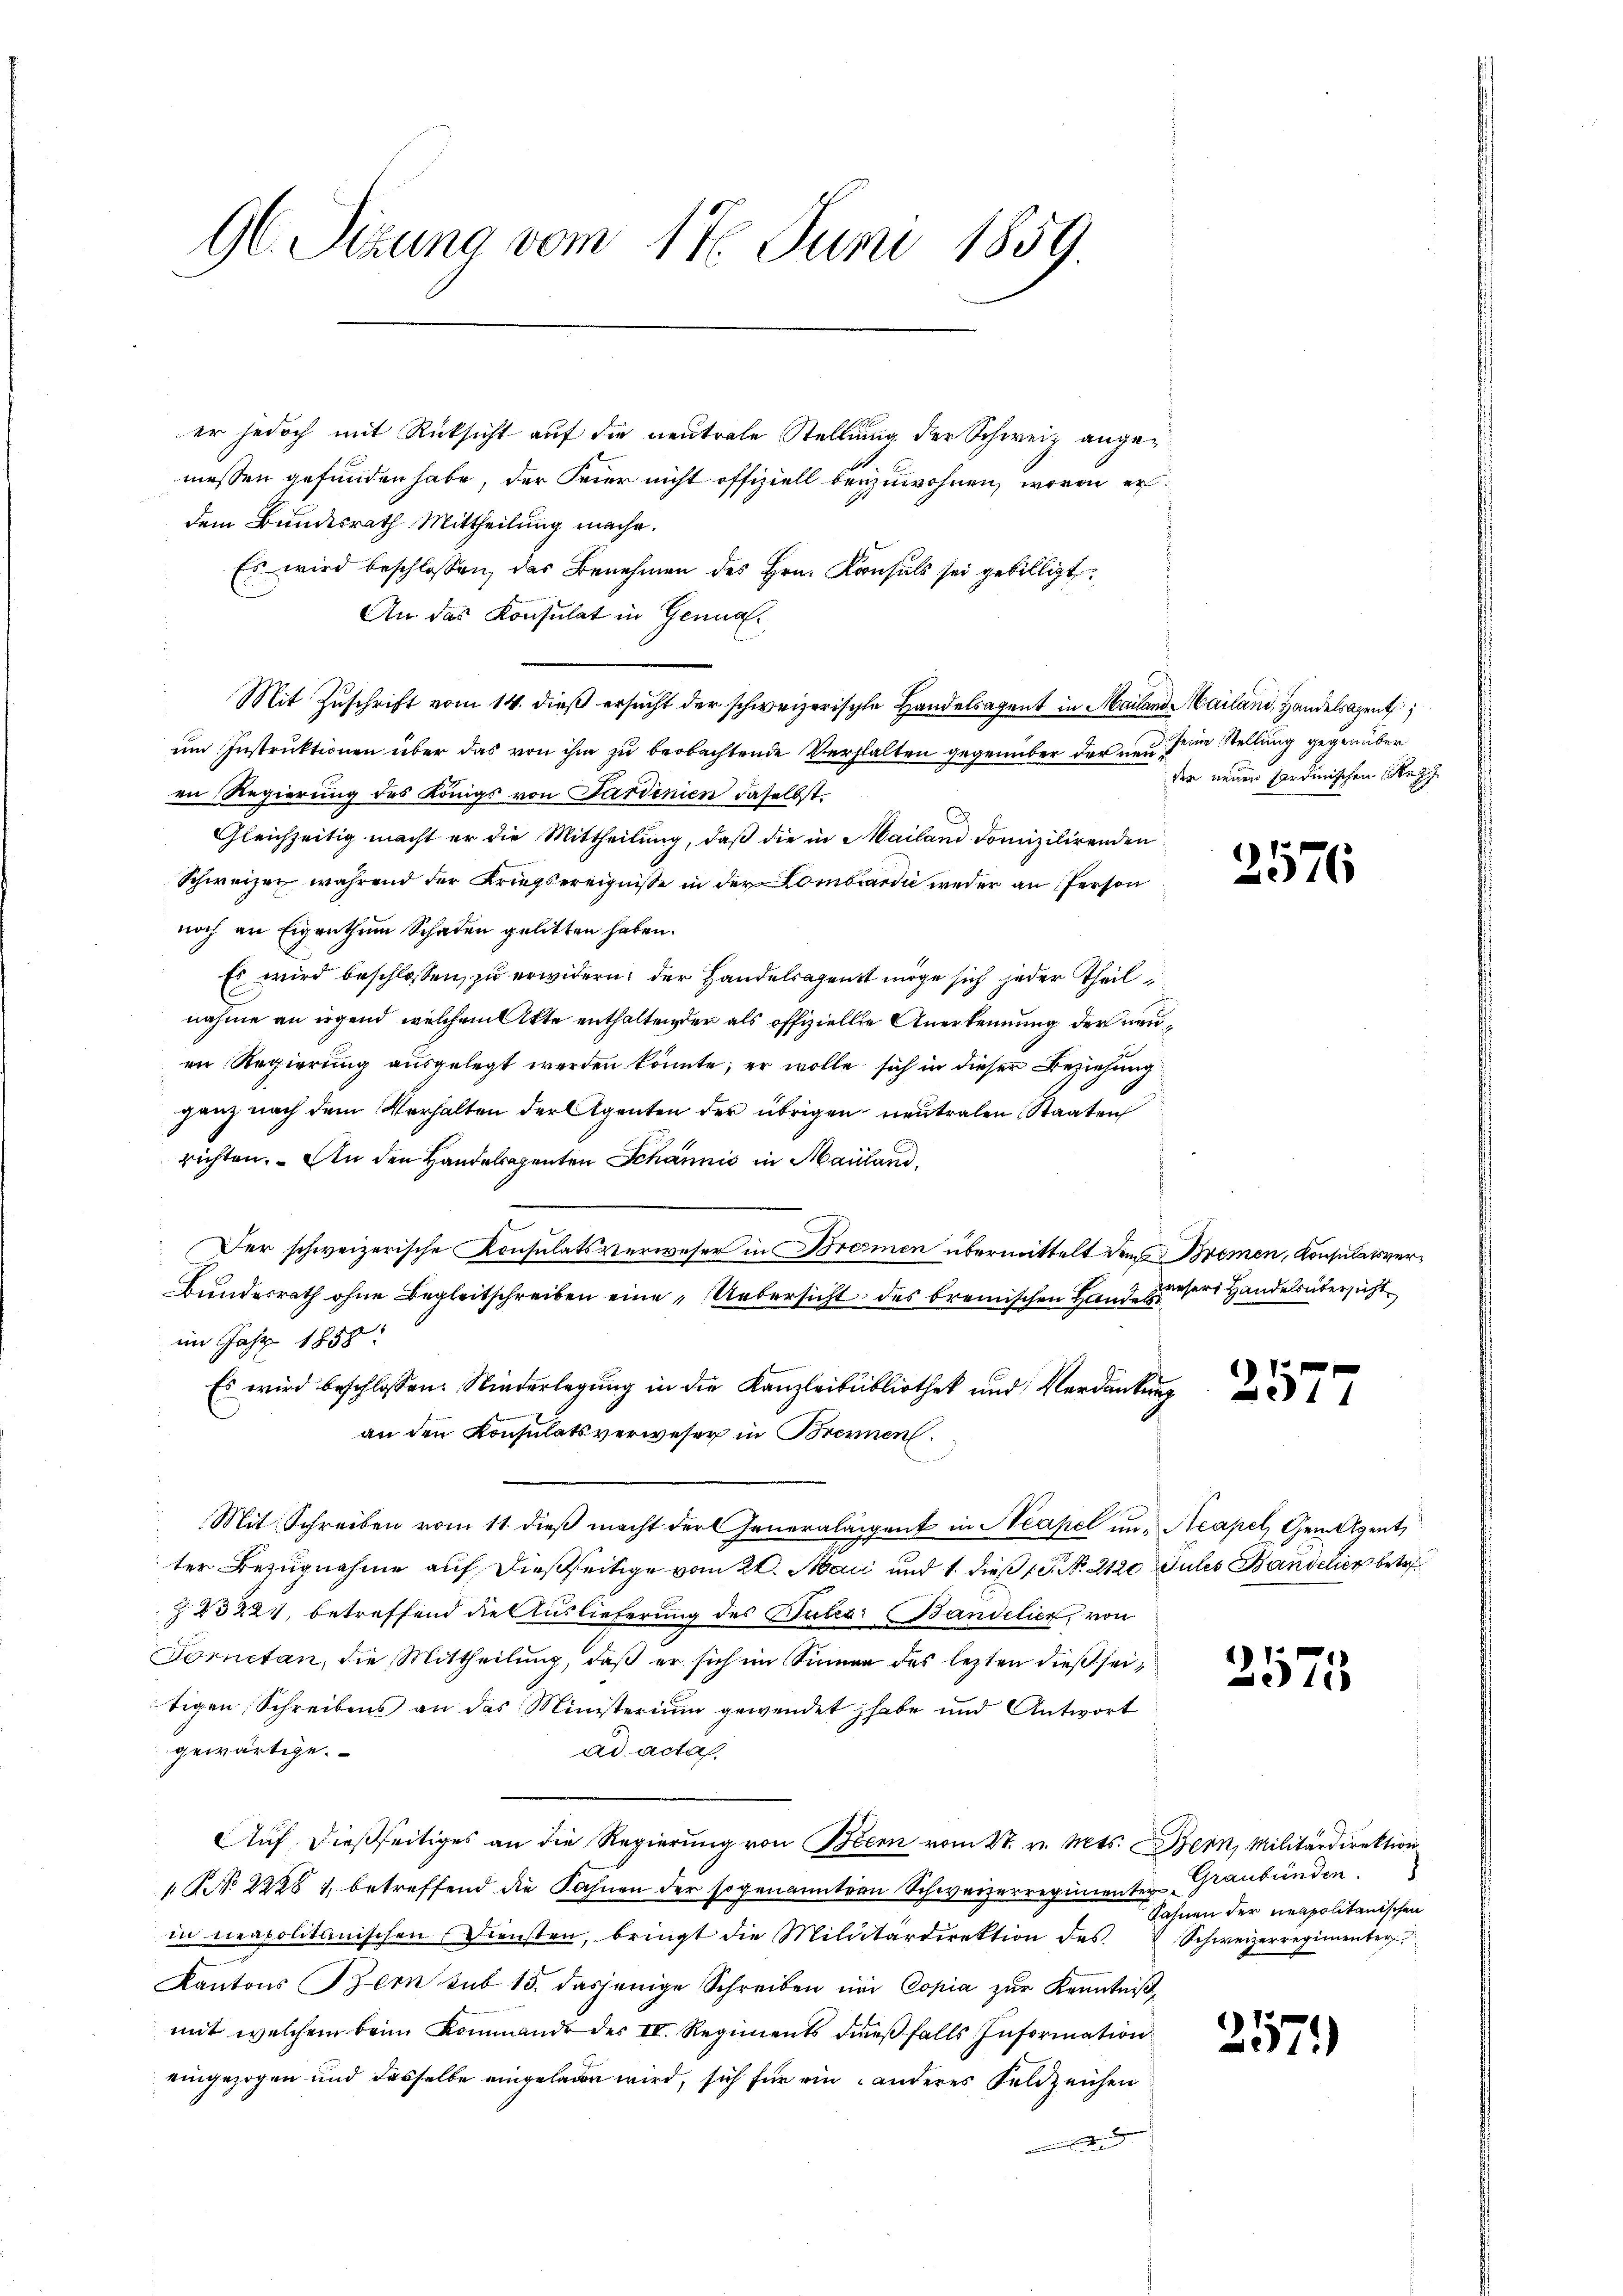
Gl. Sizung vom 17. Juni 1859.

er jedoch mit Rücksicht auf die neutrale Stellung der Schweiz angemessen gefunden habe, der Feier nicht offiziell beyzuwohnen, wovon erdem Bundesrath Mittheilung mache.
Es wird beschlossen, das Benehmen des Hrn. Konsuls sei gebilligt.
An das Konsulat in Genua
Mit Zuschrift vom 14. dieß ersucht der schweizerische Handelsagent in Mailand Mailand, Handelsagent
um Instruktionen über das von ihm zu beobachtende Verhalten gegenüber der neu seine Stellung gegenüber
en Regierung des Königs von Sardinien daselbst.
Gleichzeitig macht er die Mittheilŭng, daβ die in Mailand domizilirenden
Schweizer während der Kriegsereignisse in der Lombardić weder an Person
noch an Eigenthum Schaden gelitten haben.
Es wird beschlossen, zu erwidern: der Handelsagenst möge sich jeder Theil
nahme an irgend welchem Akte enthalten der als offiziellie Anerkennung der neuen Regierung ausgelegt werden könnte; er wolle sich in dieser Beziehung
ganz nach dem Verhalten der Agenten der übrigen neutralen Staaten
richten. An den Handelegenten Schännis in Mailand,
Der schweizerische Konsulats verweser in Bremen übermittelt dem Bremen, Konsulatsver¬
Bundesrath ohne Begleitschreiben eine „Uebersicht des bremischen Hand unsers Handelsübersicht
im Jahr 1858.
Es wird beschlossen: Niederlegung in die Kanzleibibliothek und Verdankung
an den Konsulatsverweser in Brennen.
Mit Schreiben vom 11. dieβ macht der Generalaigent in Neapel in Neapel, Gemagent,
ter Bezugnahme auf dießseitige vom 21. Mai und 1. dieß P. Nr. 2120 Julis Bandelier betr
§ 83221, betreffend die Auslieferung des Gutes: Bandelier, von
Fornetan, die Mittheilung, daß er sich im Sinnen des lezten dießseitigen Schreibens an das Ministerium gewendet habe und Antwort
gewärtige.
ad acta.
Auf dießseitiges an die Regierung von Bern vom 27. v. Mts. Bern, Militärdirektion
 NNo. 2228 1, betreffend die Fahnen der sogenannten Schweizerregimenten Graubünden.
in neapolitanischen Diensten, bringt die Militärdirektion des
Kantons Bern sub 15. dasjenige Schreiben und Copia zur Kenntnißmit welchem beim Kommande des IV. Regiments dieβfalls Information
eingezogen und dasselbe eingeladen wird, sich für ein anderes Feldzeichen

der neuen Sardinischen Bez

)
376

2577

4) 1
975

Fahnen der neapolitanischen
Schweizerregimenter

257)